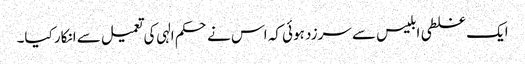
ایک غلطی ابلیس سے سرزد ہوئی کہ اس نے حکم الہی کی تعمیل سے انکار کیا۔